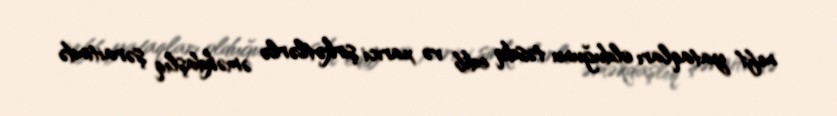
neft yataqları olduğunu təsdiq edib və xarici şirkətlərlə əməkdaşlıq şəraitində